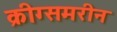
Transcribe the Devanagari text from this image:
क्रीग्समरीन